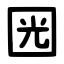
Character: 㘢